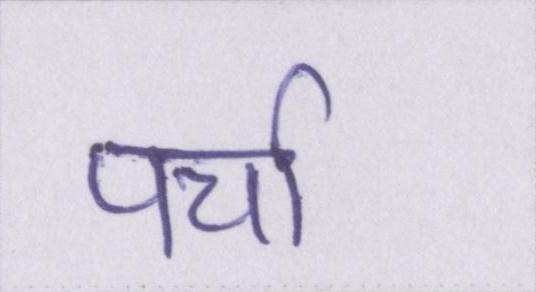
पर्चा